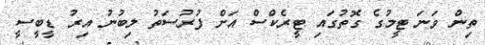
ތިން ވަނަ ޓީމުގެ ގޮތުގައި ޓީރެކްސް އަށް ފުރުސަތު ލިބުނު އިރު ޑީބީސީ